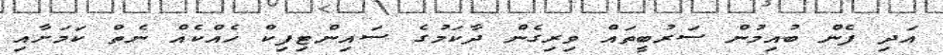
އަދި ފެން ބުއިމުން ސަރުބީތައް ވިިރިގެން ދާކަމުގެ ސައިންޓިފިކް ހެއްކެއް ނެތް ކަމަށާއި